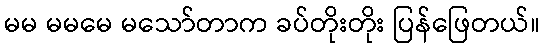
မမ မမမေ မသော်တာက ခပ်တိုးတိုး ပြန်ဖြေတယ်။